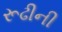
રૂઢીની